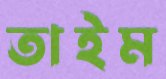
তাইম